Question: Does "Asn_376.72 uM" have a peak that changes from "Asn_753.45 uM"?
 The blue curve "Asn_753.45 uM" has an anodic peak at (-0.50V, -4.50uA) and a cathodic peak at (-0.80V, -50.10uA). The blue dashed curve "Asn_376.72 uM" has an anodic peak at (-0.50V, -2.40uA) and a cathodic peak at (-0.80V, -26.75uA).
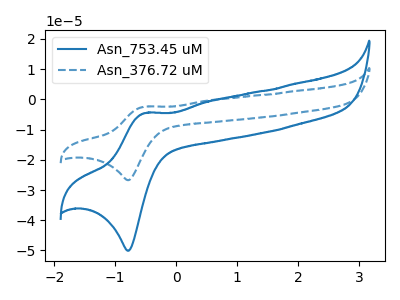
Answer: <think>All the peaks in "Asn_376.72 uM" have a peak in "Asn_753.45 uM" at the same potential.
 </think>
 <answer>No, "Asn_376.72 uM" and "Asn_753.45 uM" don't appear to be significantly different in shape</answer>
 <eval>no_change</eval>